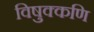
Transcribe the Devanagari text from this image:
विषुक्कणि